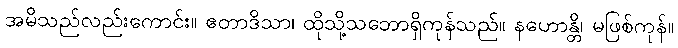
အမိသည်လည်းကောင်း။ ဧတာဒိသာ၊ ထိုသို့သဘောရှိကုန်သည်။ နဟောန္တိ၊ မဖြစ်ကုန်။